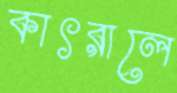
কাৎরালে